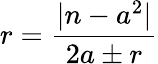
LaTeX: r={\frac{|n-a^{2}|}{2a\pm r}}